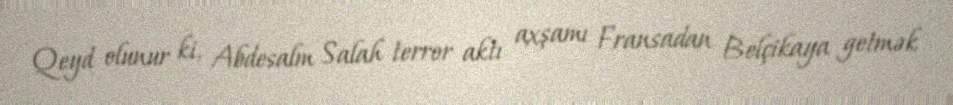
Qeyd olunur ki, Abdesalm Salah terror aktı axşamı Fransadan Belçikaya getmək